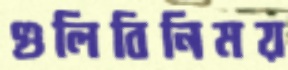
গুলিবিনিময়